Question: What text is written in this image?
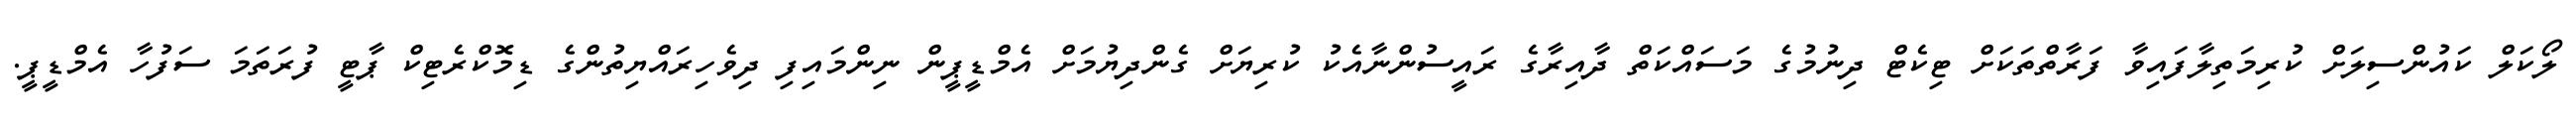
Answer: ލޯކަލް ކައުންސިލަށް ކުރިމަތިލާފައިވާ ފަރާތްތަކަށް ޓިކެޓް ދިނުމުގެ މަސައްކަތް ދާއިރާގެ ރައީސުންނާއެކު ކުރިޔަށް ގެންދިޔުމަށް އެމްޑީޕީން ނިންމައިފި ދިވެހިރައްޔިތުންގެ ޑިމޮކްރެޓިކް ޕާޓީ ފުރަތަމަ ސަފުހާ އެމްޑީޕީ.